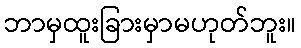
ဘာမှထူးခြားမှာမဟုတ်ဘူး။